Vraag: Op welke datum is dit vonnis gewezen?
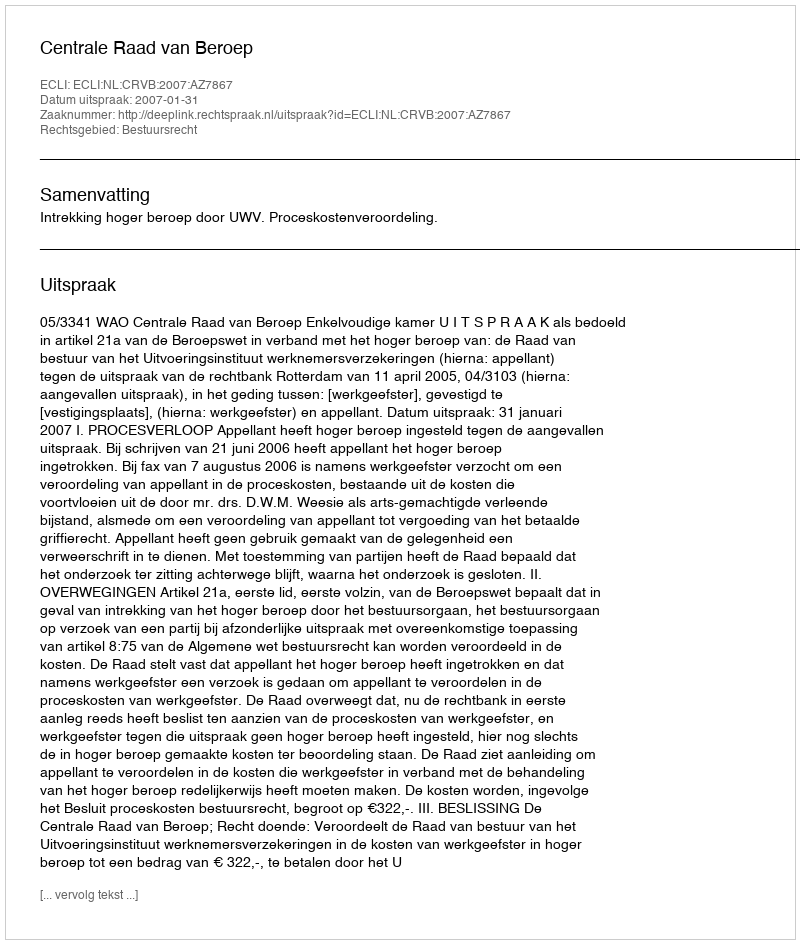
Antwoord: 2007-01-31